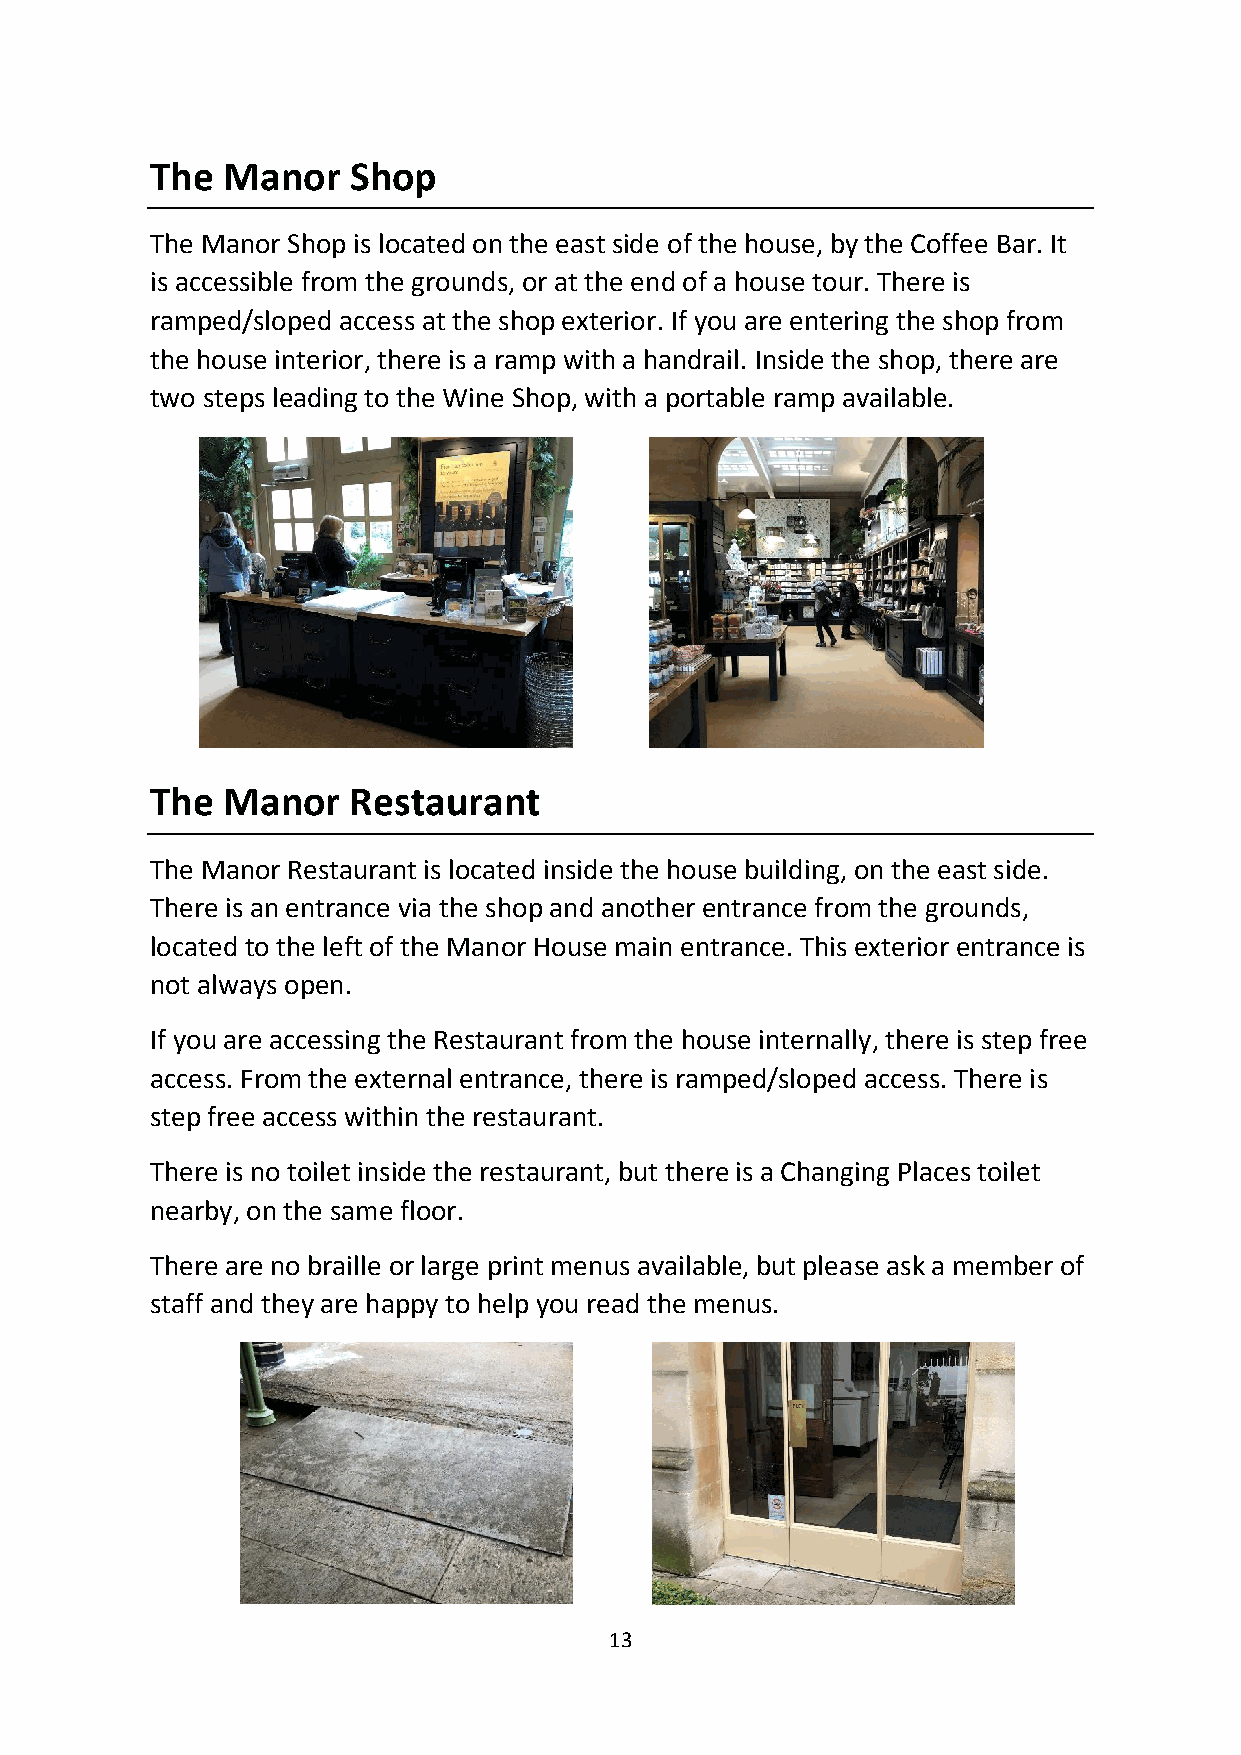
The  Manor   Shop
 The Manor Shop is located on the east side of the house, by the Coffee Bar. It
 is accessible from the grounds, or at the end of a house tour. There is
 ramped/sloped access at the shop exterior. If you are entering the shop from
 the house interior, there is a ramp with a handrail. Inside the shop, there are
 two steps leading to the Wine Shop, with a portable ramp available.
 The  Manor   Restaurant
 The Manor Restaurant is located inside the house building, on the east side.
 There is an entrance via the shop and another entrance from the grounds,
 located to the left of the Manor House main entrance. This exterior entrance is
 not always open.
 If you are accessing the Restaurant from the house internally, there is step free
 access. From the external entrance, there is ramped/sloped access. There is
 step free access within the restaurant.
 There is no toilet inside the restaurant, but there is a Changing Places toilet
 nearby, on the same floor.
 There are no braille or large print menus available, but please ask a member of
 staff and they are happy to help you read the menus.
 13